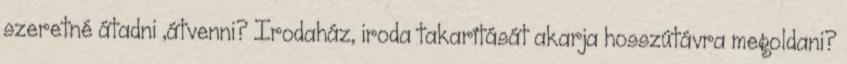
szeretné átadni ,átvenni? Irodaház, iroda takarítását akarja hosszútávra megoldani?